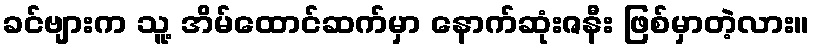
ခင်ဗျားက သူ့ အိမ်ထောင်ဆက်မှာ နောက်ဆုံးဇနီး ဖြစ်မှာတဲ့လား။